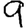
Digit: 9